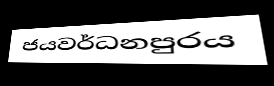
ජයවර්ධනපුරය